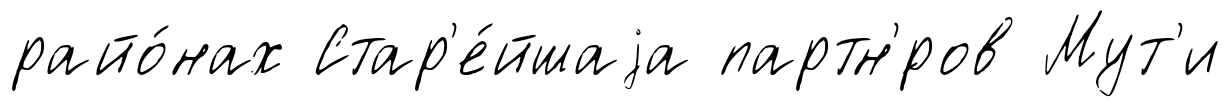
райо́нах Стар'е́йшаjа партн'́ров Мут'и